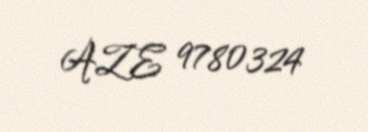
AZE 9780324